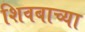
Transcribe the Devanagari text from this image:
शिवबाच्या